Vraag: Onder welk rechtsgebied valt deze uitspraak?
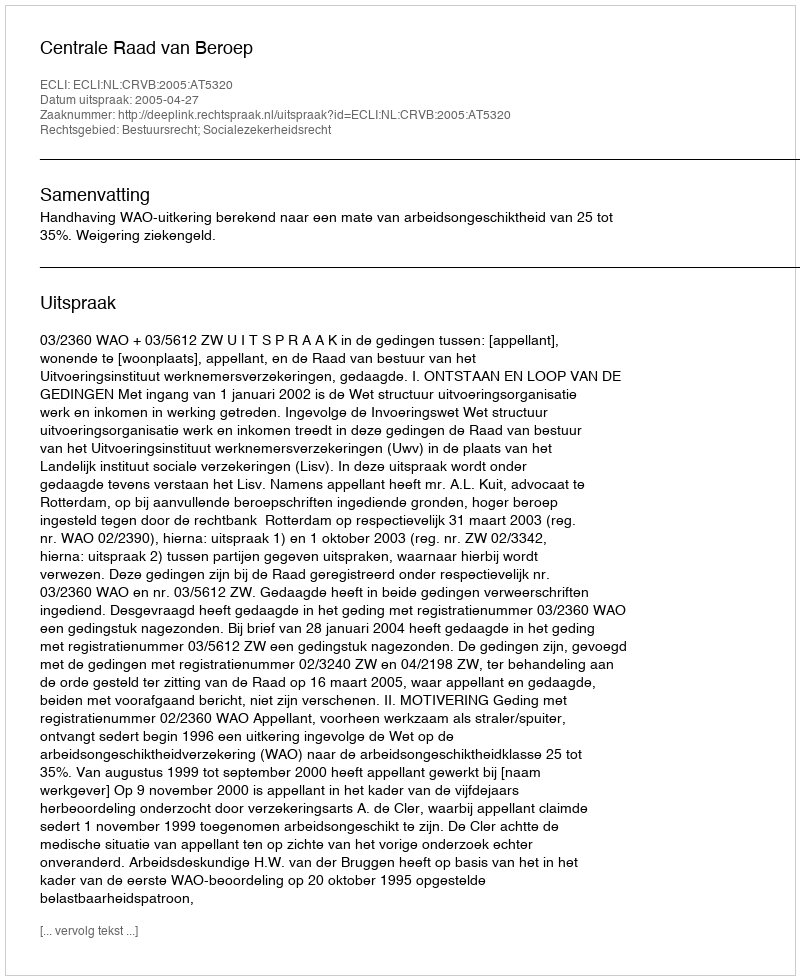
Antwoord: Bestuursrecht; Socialezekerheidsrecht